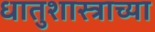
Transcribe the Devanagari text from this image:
धातुशास्त्राच्या